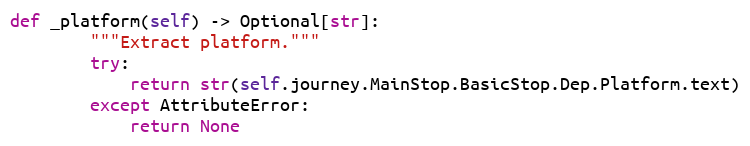
Language: Python
def _platform(self) -> Optional[str]:
        """Extract platform."""
        try:
            return str(self.journey.MainStop.BasicStop.Dep.Platform.text)
        except AttributeError:
            return None